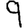
Digit: 9